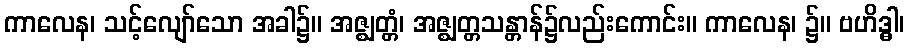
ကာလေန၊ သင့်လျော်သော အခါ၌။ အဇ္ဈတ္တံ၊ အဇ္ဈတ္တသန္တာန်၌လည်းကောင်း။ ကာလေန၊ ၌။ ဗဟိဒ္ဓါ၊